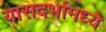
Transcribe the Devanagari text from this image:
यासदर्भामध्ये